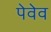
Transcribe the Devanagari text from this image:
पेवेव